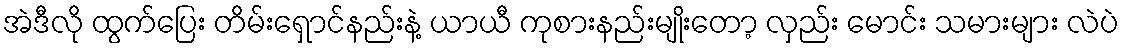
အဲဒီလို ထွက်ပြေး တိမ်းရှောင်နည်းနဲ့ ယာယီ ကုစားနည်းမျိုးတော့ လှည်း မောင်း သမားများ လဲပဲ